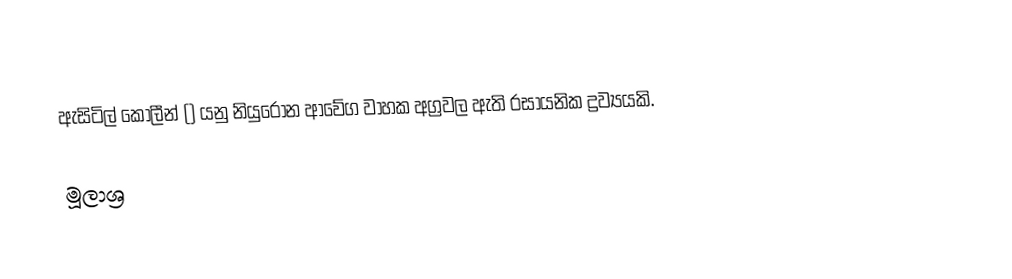
ඇසිටිල් කෝලීන් () යනු නියුරෝන ආවේග වාහක අග්‍රවල ඇති රසායනික ද්‍රව්‍යයකි.

මූලාශ්‍ර